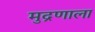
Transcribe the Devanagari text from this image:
मुद्रणाला